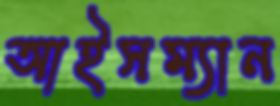
আইসম্যান